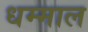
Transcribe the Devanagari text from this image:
धम्माल